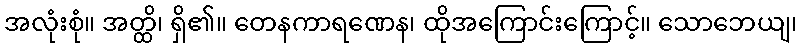
အလုံးစုံ။ အတ္ထိ၊ ရှိ၏။ တေနကာရဏေန၊ ထိုအကြောင်းကြောင့်။ သောဘေယျ၊